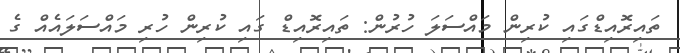
ތައިރޮއިޑްގައި ކުރިން މައްސަލަ ހުރުން: ތައިރޮއިޑް ގައި ކުރިން ހުރި މައްސަލައެއް ގެ